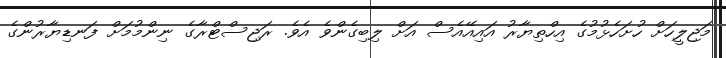
މަޖިލީހަށް ހުށަހެޅުމުގެ އިހްތިޔާރު އައިއޭއެސް އަށް ލިބިގެންވެ އެވެ. ރަޖިސްޓްރާގެ ނިންމުމަށް ފަނޑިޔާރުންގެ